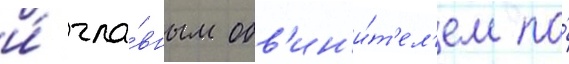
и́ гла́вным обв'ин'и́т'ел'ем по́